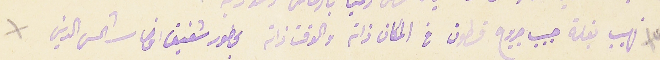
نهيب بغلة حبيب جروج قسطون فى المكان ذاته والوقت ذاتة بحضور شفيق اوصا شمس الدين